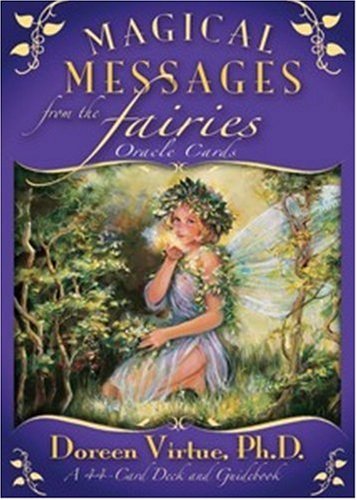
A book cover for Magical Messages from the Fairies Oracle Cards: A 44-Card Deck and Guidebook; Doreen Virtue; Religion & Spirituality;